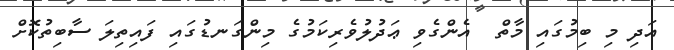
އަދި މި ބިމުގައި މާތް  އެންގެވި ޢަދުލުވެރިކަމުގެ މިންގަނޑުގައި ފައިތިލަ ސާބިތުކޮށް